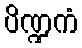
ပိဏ္ဍကံ